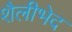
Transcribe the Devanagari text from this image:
शैलीभेद